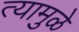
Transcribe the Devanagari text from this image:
त्यामुळे